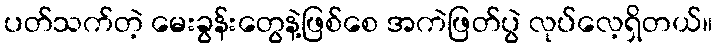
ပတ်သက်တဲ့ မေးခွန်းတွေနဲ့ဖြစ်စေ အကဲဖြတ်ပွဲ လုပ်လေ့ရှိတယ်။